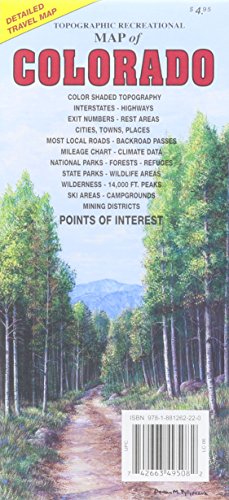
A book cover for Topographic Recreational Map of Colorado; GTR Mapping; Reference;